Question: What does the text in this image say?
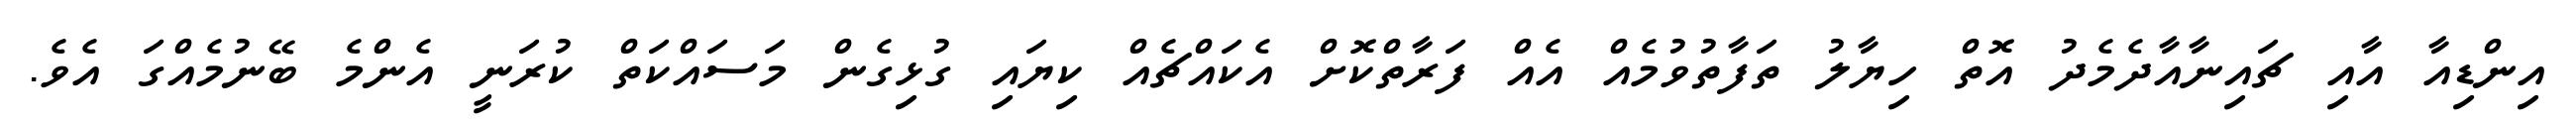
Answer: އިންޑިއާ އާއި ޗައިނާއާދެމެދު އޮތް ހިޔާލު ތަފާތުވުމެއް އެއް ފަރާތްކޮށް އެކައްޗެއް ކިޔައި ގުޅިގެން މަސައްކަތް ކުރަނީ އެންމެ ބޭނުމެއްގަ އެވެ.